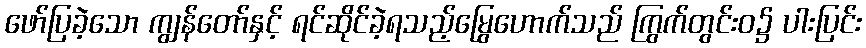
ဖော်ပြခဲ့သော ကျွန်တော်နှင့် ရင်ဆိုင်ခဲ့ရသည့်မြွေဟောက်သည် ကြွက်တွင်းဝ၌ ပါးပြင်း